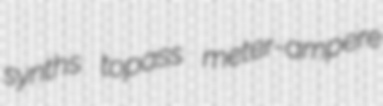
synths topass meter-ampere